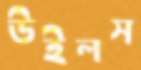
উইলস